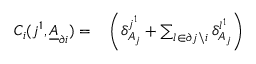
\begin{array} { r l } { C _ { i } ( j ^ { 1 } , \underline { { A } } _ { \partial i } ) = } & { { } \left( \delta _ { A _ { j } } ^ { j ^ { 1 } } + \sum _ { l \in \partial j \backslash i } \delta _ { A _ { j } } ^ { l ^ { 1 } } \right) } \end{array}